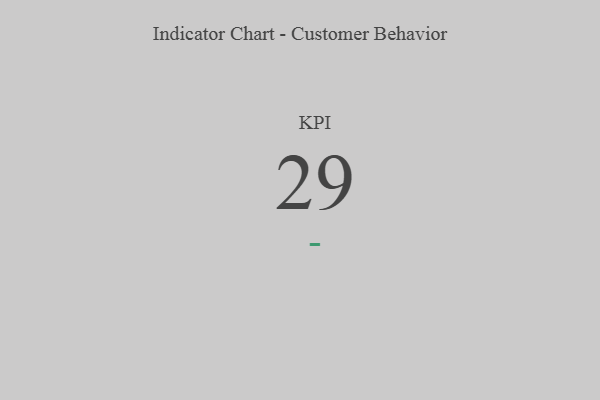
{"axis": {"x": "KPI", "y": "Value"}, "legend": [""], "data": [{"x": "KPI", "y": 29, "type": ""}]}